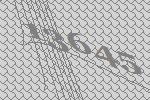
13645